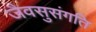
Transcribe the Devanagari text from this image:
जैवसुसंगति